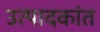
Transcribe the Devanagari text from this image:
उत्पादकांत